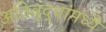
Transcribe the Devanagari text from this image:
अतिवृद्धांमध्ये